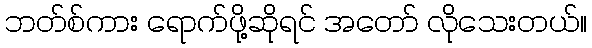
ဘတ်စ်ကား ရောက်ဖို့ဆိုရင် အတော် လိုသေးတယ်။